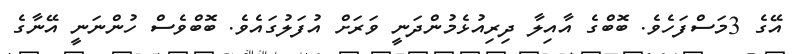
އޭގެ 3މަސްފަހެވެ. ބޮބްގެ އާއިލާ ދިރިއުޅެމުންދަނީ ވަރަށް އުފަލުގައެވެ. ބޮބްވެސް ހުންނަނީ އޭނާގެ